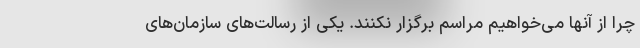
چرا از آنها می‌خواهیم مراسم برگزار نکنند. یکی از رسالت‌های سازمان‌های